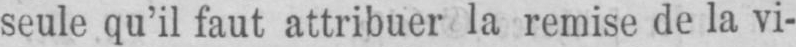
seule qu’il faut attribuer la remise de la vi-